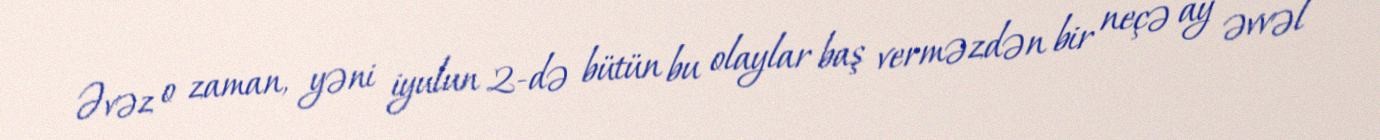
Əvəz o zaman, yəni iyulun 2-də bütün bu olaylar baş verməzdən bir neçə ay əvvəl